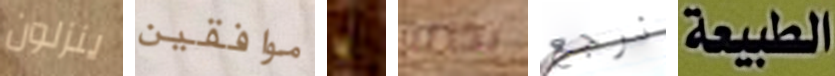
ينزلون موافقين يا بذاته نرجع الطبيعة